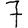
Digit: 7